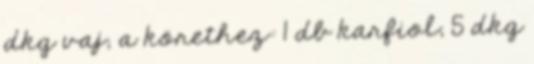
dkg vaj; a körethez: 1 db karfiol, 5 dkg